system: You are a helpful assistant.
user:
Analyze the provided spectrum to determine if it is a **S-type Star**.

- **Key Indicators for S-type Star:**

    - **(Overall Spectrum Shape):** The first and most obvious characteristic is the overall continuum (the "baseline" shape). It is **extremely "red-sloping,"** meaning the flux (light intensity) is very low on the left side (blue, ~4000-4500 Å) and rises steeply and continuously toward the right side (red, ~7000 Å+).

    - **(Primary):** The spectrum is defined by the presence of strong, broad molecular absorption "valleys" (bands) from **Zirconium Oxide (ZrO)**. The identification of these bands is the **primary requirement** for classifying a star as S-type.
        - **(Key Bandheads):** You must find distinct, deep "dips" where the light has been absorbed. The most critical band systems to locate are:
            - **~6474 Å** ($\gamma$-system): This is often the strongest and clearest ZrO feature, found in the red part of the spectrum.
            - **~5718 Å** & **~5551 Å** ($\beta$-system): A pair of prominent absorption features in the yellow-orange part of the spectrum.
            - **~4640 Å** ($\alpha$-system): A key absorption band system in the blue-green region of the spectrum.

    - **(Secondary Confirmation):** The classification is strengthened by finding additional absorption bands from other related heavy element oxides, which are expected to be present alongside ZrO.
        - **(Key Bandheads):**
            - **Yttrium Oxide (YO):** Look for absorption dips near **~4800 Å** and **~6100 Å**.
            - **Lanthanum Oxide (LaO):** Additional absorption features, particularly in the red-orange part of the spectrum, are also characteristic.

    - **(Line Profile):** The combination of the steep red continuum and these numerous, deep molecular bands (ZrO, YO, etc.) gives the entire spectrum a very **"chopped-up"** or **"bumpy"** appearance. Instead of a smooth curve, the spectrum looks as though large, wide chunks of light have been "carved out" of it at the specific wavelengths listed above.

Think first, call **spectral_visualization_tool** if needed to examine features in detail, then provide your final answer. Your response must adhere to the following strict rules:
1.  **Overall Structure:** Your response must follow the format `<think>...</think> <tool_call>...</tool_call> (if a tool is used) <answer>...</answer>`.
2.  **Tool Usage Constraint:** You may only make **one** tool call per turn.
3.  **Final Answer Format:** In the `<answer>` tag, your conclusion must be inside a `\boxed{}` command (e.g., `\boxed{YES}` or `\boxed{NO}`), followed by your justification.

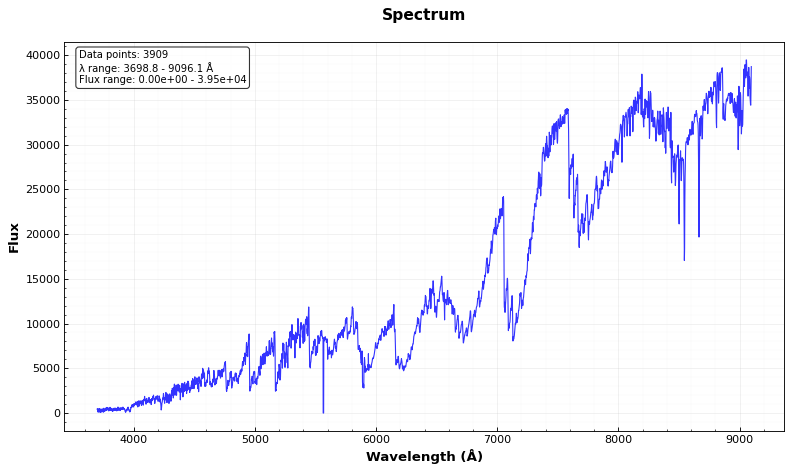
Answer: YES